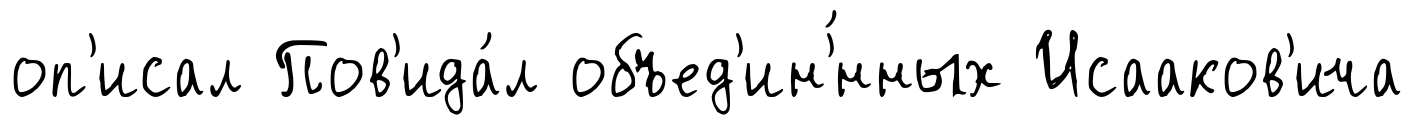
оп'исал Пов'ида́л объед'ин'́нных Исааков'ича